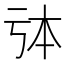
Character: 𠄯